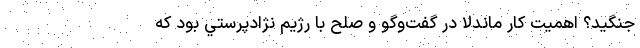
جنگيد؟ اهميت كار ماندلا در گفت‌وگو و صلح با رژيم نژادپرستي بود كه